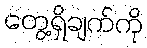
တွေ့ရှိချက်ကို